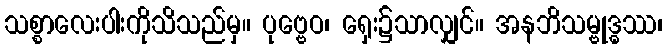
သစ္စာလေးပါးကိုသိသည်မှ။ ပုဗ္ဗေဝ၊ ရှေး၌သာလျှင်။ အနဘိသမ္ဗုဒ္ဓဿ၊